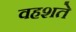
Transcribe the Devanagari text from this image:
वहशते